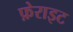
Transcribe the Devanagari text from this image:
फ़ेराइट